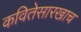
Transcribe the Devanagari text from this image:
कवितेसारखाच